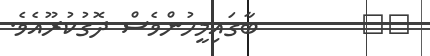
١٨        ބާގައިމީހުންވެސް ދޮގުކުރޫއެވެ.